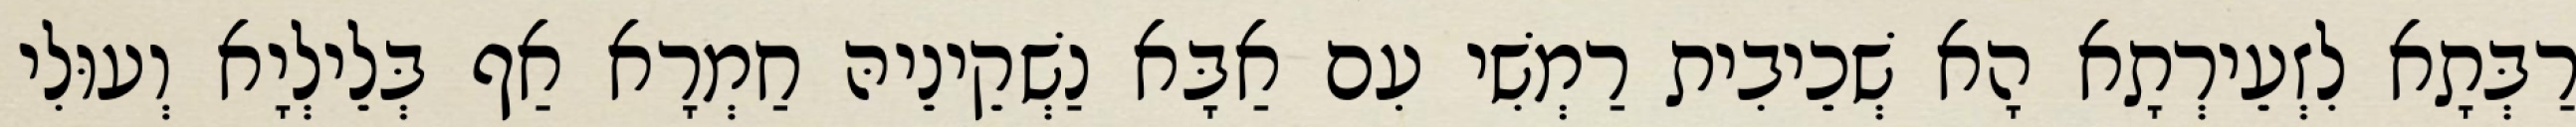
רַבְּתָא לִזְעֵירְתָא הָא שְׁכֵיבִית רַמְשִׁי עִם אַבָּא נַשְׁקֵינֵיהּ חַמְרָא אַף בְּלֵילְיָא וְעוּלִי